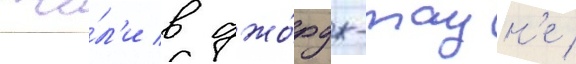
жи́л'и в джо́рдж-таун'е /